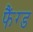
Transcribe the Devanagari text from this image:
फैंग्ड